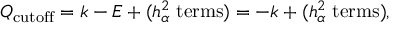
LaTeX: Q _ { \mathrm { c u t o f f } } = k - E + ( h _ { \alpha } ^ { 2 } \; \mathrm { t e r m s } ) = - k + ( h _ { \alpha } ^ { 2 } \; \mathrm { t e r m s } ) ,